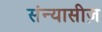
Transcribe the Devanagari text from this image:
संन्यासीज़